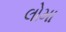
લોમા